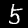
Label: 5